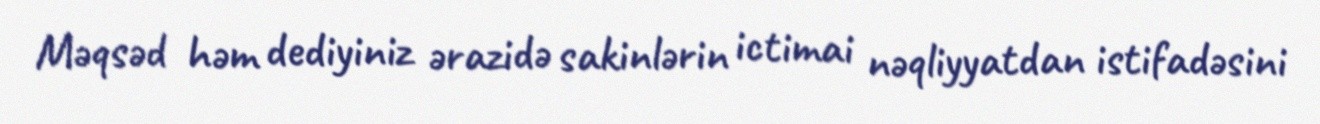
Məqsəd həm dediyiniz ərazidə sakinlərin ictimai nəqliyyatdan istifadəsini